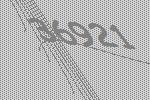
36921